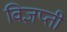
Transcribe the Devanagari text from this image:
विज्ञप्ती